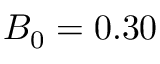
B _ { 0 } = 0 . 3 0